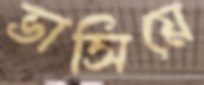
ভাসিয়ে